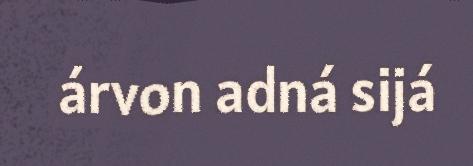
árvon adná sijá